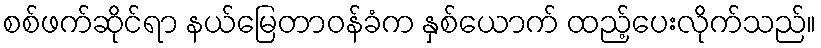
စစ်ဖက်ဆိုင်ရာ နယ်မြေတာဝန်ခံက နှစ်ယောက် ထည့်ပေးလိုက်သည်။